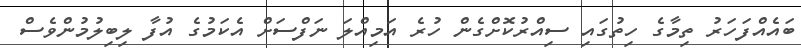
ބައެއްފަހަރު ތިމާގެ ހިތުގައި ސިއްރުކޮށްގެން ހުރެ އަމިއްލަ ނަފްސަށް އެކަމުގެ އުފާ ލިބިލުމުންވެސް